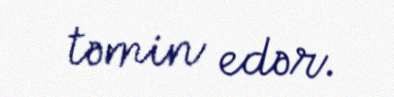
təmin edər.